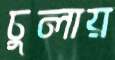
চুলায়